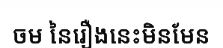
ចម នៃរឿងនេះមិនមែន